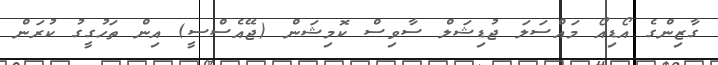
ގާޒިންގެ އޯޑިއޯ މައްސަލަ ޖުޑިޝަލް ސާވިސް ކޮމިޝަން (ޖޭއެސްސީ) އިން ތަހުގީގު ކުރަން